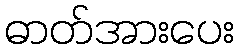
ဓာတ်အားပေး